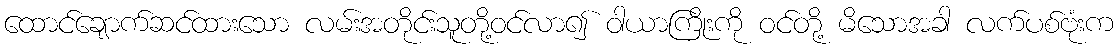
ထောင်ချောက်ဆင်ထားသော လမ်းအတိုင်းသူတို့ဝင်လာ၍ ဝါယာကြိုးကို ဝင်တို့ မိသောအခါ လက်ပစ်ဗုံးက